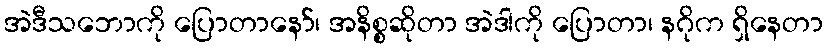
အဲဒီသဘောကို ပြောတာနော်၊ အနိစ္စဆိုတာ အဲဒါကို ပြောတာ၊ နဂိုက ရှိနေတာ